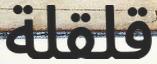
قلقلة